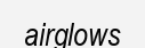
airglows